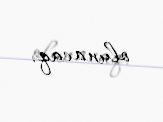
olunacaq.